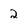
Character: 2